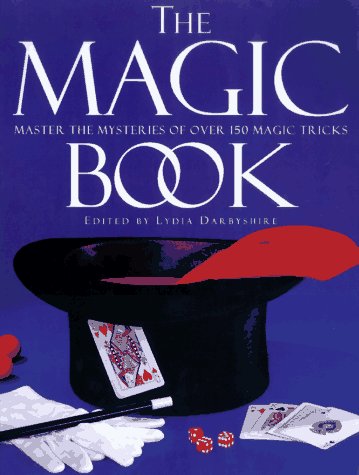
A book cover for The Magic Book; Arts & Photography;